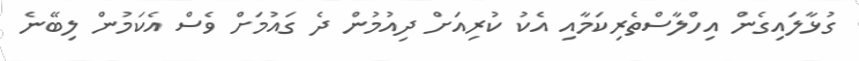
ގުޅާލައިގެން އިހްލާސްތެރިކަމާއި އެކު ކުރިއަށް ދިއުމުން ދެ ގައުމަށް ވެސް އެކަމުން ލިބޭނެ